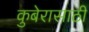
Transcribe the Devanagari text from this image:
कुबेरासाठी